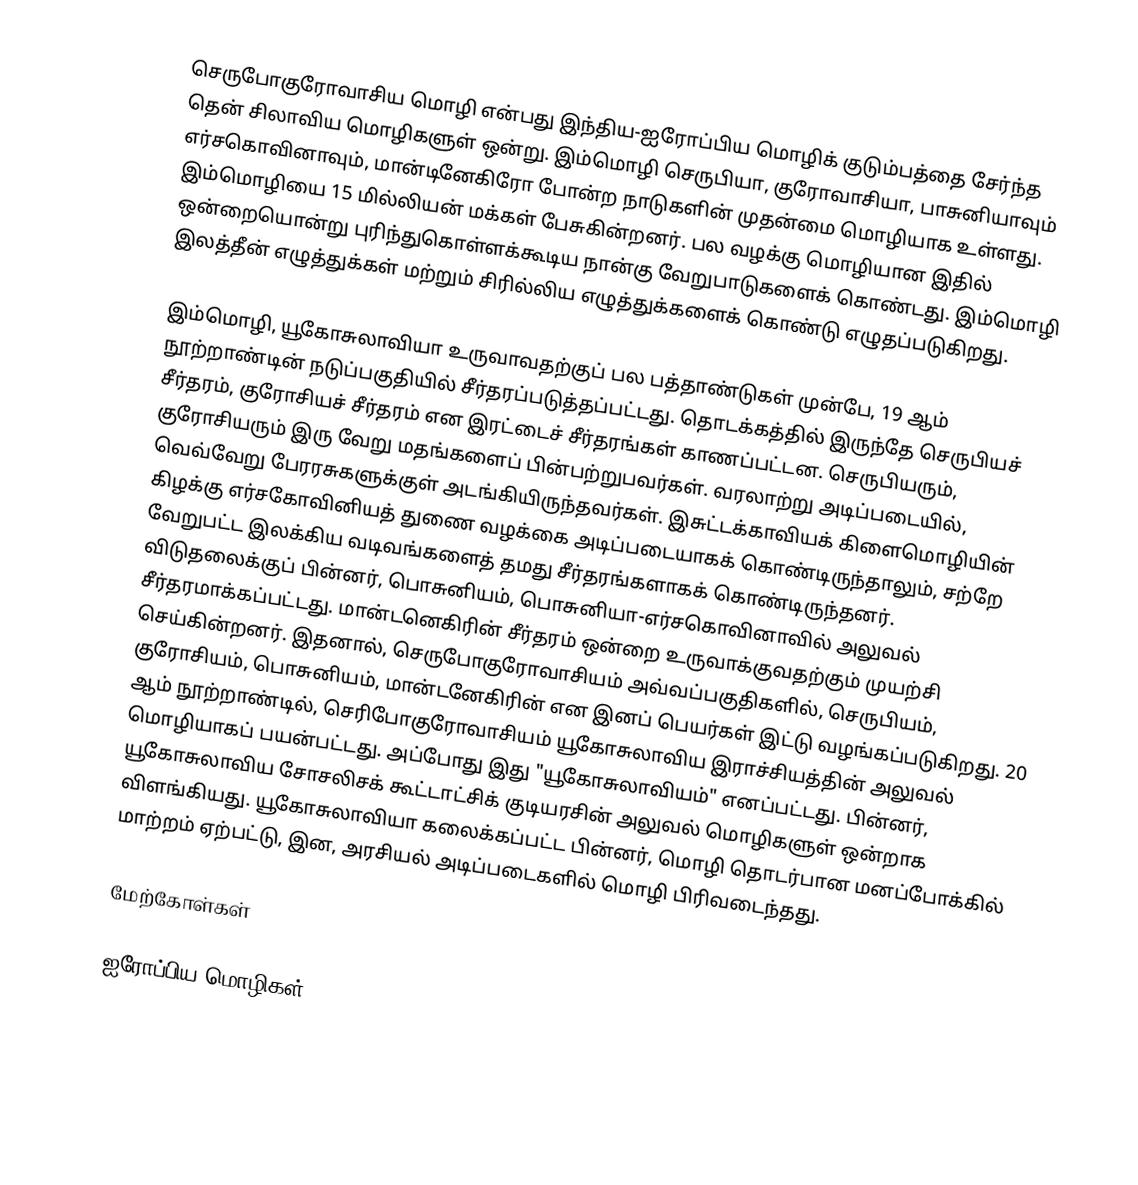
செருபோகுரோவாசிய மொழி என்பது இந்திய-ஐரோப்பிய மொழிக் குடும்பத்தை சேர்ந்த தென் சிலாவிய மொழிகளுள் ஒன்று. இம்மொழி செருபியா, குரோவாசியா, பாசுனியாவும் எர்சகொவினாவும், மான்டினேகிரோ போன்ற நாடுகளின் முதன்மை மொழியாக உள்ளது. இம்மொழியை 15 மில்லியன் மக்கள் பேசுகின்றனர். பல வழக்கு மொழியான இதில் ஒன்றையொன்று புரிந்துகொள்ளக்கூடிய நான்கு வேறுபாடுகளைக் கொண்டது. இம்மொழி இலத்தீன் எழுத்துக்கள் மற்றும் சிரில்லிய எழுத்துக்களைக் கொண்டு எழுதப்படுகிறது.

இம்மொழி, யூகோசுலாவியா உருவாவதற்குப் பல பத்தாண்டுகள் முன்பே, 19 ஆம் நூற்றாண்டின் நடுப்பகுதியில் சீர்தரப்படுத்தப்பட்டது. தொடக்கத்தில் இருந்தே செருபியச் சீர்தரம், குரோசியச் சீர்தரம் என இரட்டைச் சீர்தரங்கள் காணப்பட்டன. செருபியரும், குரோசியரும் இரு வேறு மதங்களைப் பின்பற்றுபவர்கள். வரலாற்று அடிப்படையில், வெவ்வேறு பேரரசுகளுக்குள் அடங்கியிருந்தவர்கள். இசுட்டக்காவியக் கிளைமொழியின் கிழக்கு எர்சகோவினியத் துணை வழக்கை அடிப்படையாகக் கொண்டிருந்தாலும், சற்றே வேறுபட்ட இலக்கிய வடிவங்களைத் தமது சீர்தரங்களாகக் கொண்டிருந்தனர். விடுதலைக்குப் பின்னர், பொசுனியம், பொசுனியா-எர்சகொவினாவில் அலுவல் சீர்தரமாக்கப்பட்டது. மான்டனெகிரின் சீர்தரம் ஒன்றை உருவாக்குவதற்கும் முயற்சி செய்கின்றனர். இதனால், செருபோகுரோவாசியம் அவ்வப்பகுதிகளில், செருபியம், குரோசியம், பொசுனியம், மான்டனேகிரின் என இனப் பெயர்கள் இட்டு வழங்கப்படுகிறது. 20 ஆம் நூற்றாண்டில், செரிபோகுரோவாசியம் யூகோசுலாவிய இராச்சியத்தின் அலுவல் மொழியாகப் பயன்பட்டது. அப்போது இது "யூகோசுலாவியம்" எனப்பட்டது. பின்னர், யூகோசுலாவிய சோசலிசக் கூட்டாட்சிக் குடியரசின் அலுவல் மொழிகளுள் ஒன்றாக விளங்கியது. யூகோசுலாவியா கலைக்கப்பட்ட பின்னர், மொழி தொடர்பான மனப்போக்கில் மாற்றம் ஏற்பட்டு, இன, அரசியல் அடிப்படைகளில் மொழி பிரிவடைந்தது.

மேற்கோள்கள்

ஐரோப்பிய மொழிகள்